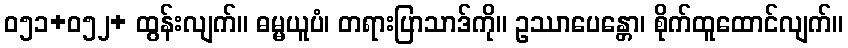
ဝ၅၁+ဝ၅၂+ ထွန်းလျက်။ ဓမ္မယူပံ၊ တရားပြာသာဒ်ကို။ ဥဿာပေန္တော၊ စိုက်ထူထောင်လျက်။